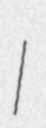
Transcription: I